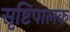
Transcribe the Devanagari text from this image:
सृष्टिपालक